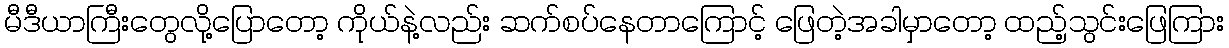
မီဒီယာကြီးတွေလို့ပြောတော့ ကိုယ်နဲ့လည်း ဆက်စပ်နေတာကြောင့် ဖြေတဲ့အခါမှာတော့ ထည့်သွင်းဖြေကြား